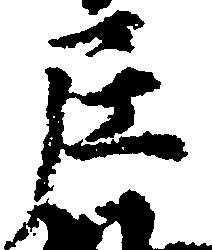
尼